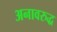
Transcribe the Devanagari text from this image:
अनावरुद्ध